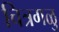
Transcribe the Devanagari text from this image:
चित्रगळु